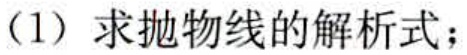
（1）求抛物线的解析式；